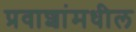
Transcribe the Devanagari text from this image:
प्रवाशांमधील